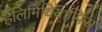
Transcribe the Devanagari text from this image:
हैलिमिंथियासिस